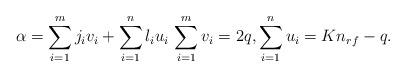
LaTeX: \begin{align*}\alpha=\sum_{i=1}^{m} j_iv_i +\sum_{i=1}^{n} l_iu_i \,\sum_{i=1}^{m} v_i =2q, \sum_{i=1}^{n} u_i =Kn_{rf}-q.\end{align*}